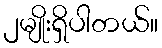
၂မျိုးရှိပါတယ်။